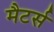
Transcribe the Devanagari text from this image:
मैटर्स